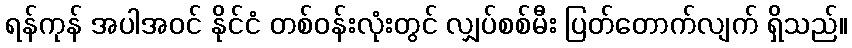
ရန်ကုန် အပါအဝင် နိုင်ငံ တစ်ဝန်းလုံးတွင် လျှပ်စစ်မီး ပြတ်တောက်လျက် ရှိသည်။